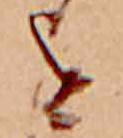
を